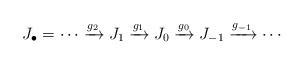
LaTeX: \begin{align*}J_{\bullet}=\cdots \xrightarrow{g_2} J_{1} \xrightarrow{g_1} J_0\xrightarrow{g_0} J_{-1} \xrightarrow{g_{-1}} \cdots \end{align*}